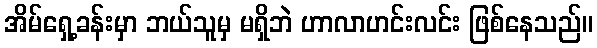
အိမ်ရှေ့ခန်းမှာ ဘယ်သူမှ မရှိဘဲ ဟာလာဟင်းလင်း ဖြစ်နေသည်။